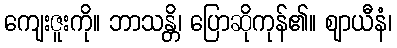
ကျေးဇူးကို။ ဘာသန္တိ၊ ပြောဆိုကုန်၏။ ဈာယီနံ၊